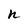
Character: n